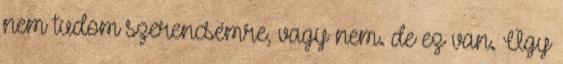
nem tudom szerencsémre, vagy nem. de ez van. Úgy